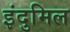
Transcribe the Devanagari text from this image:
इंदुमिल